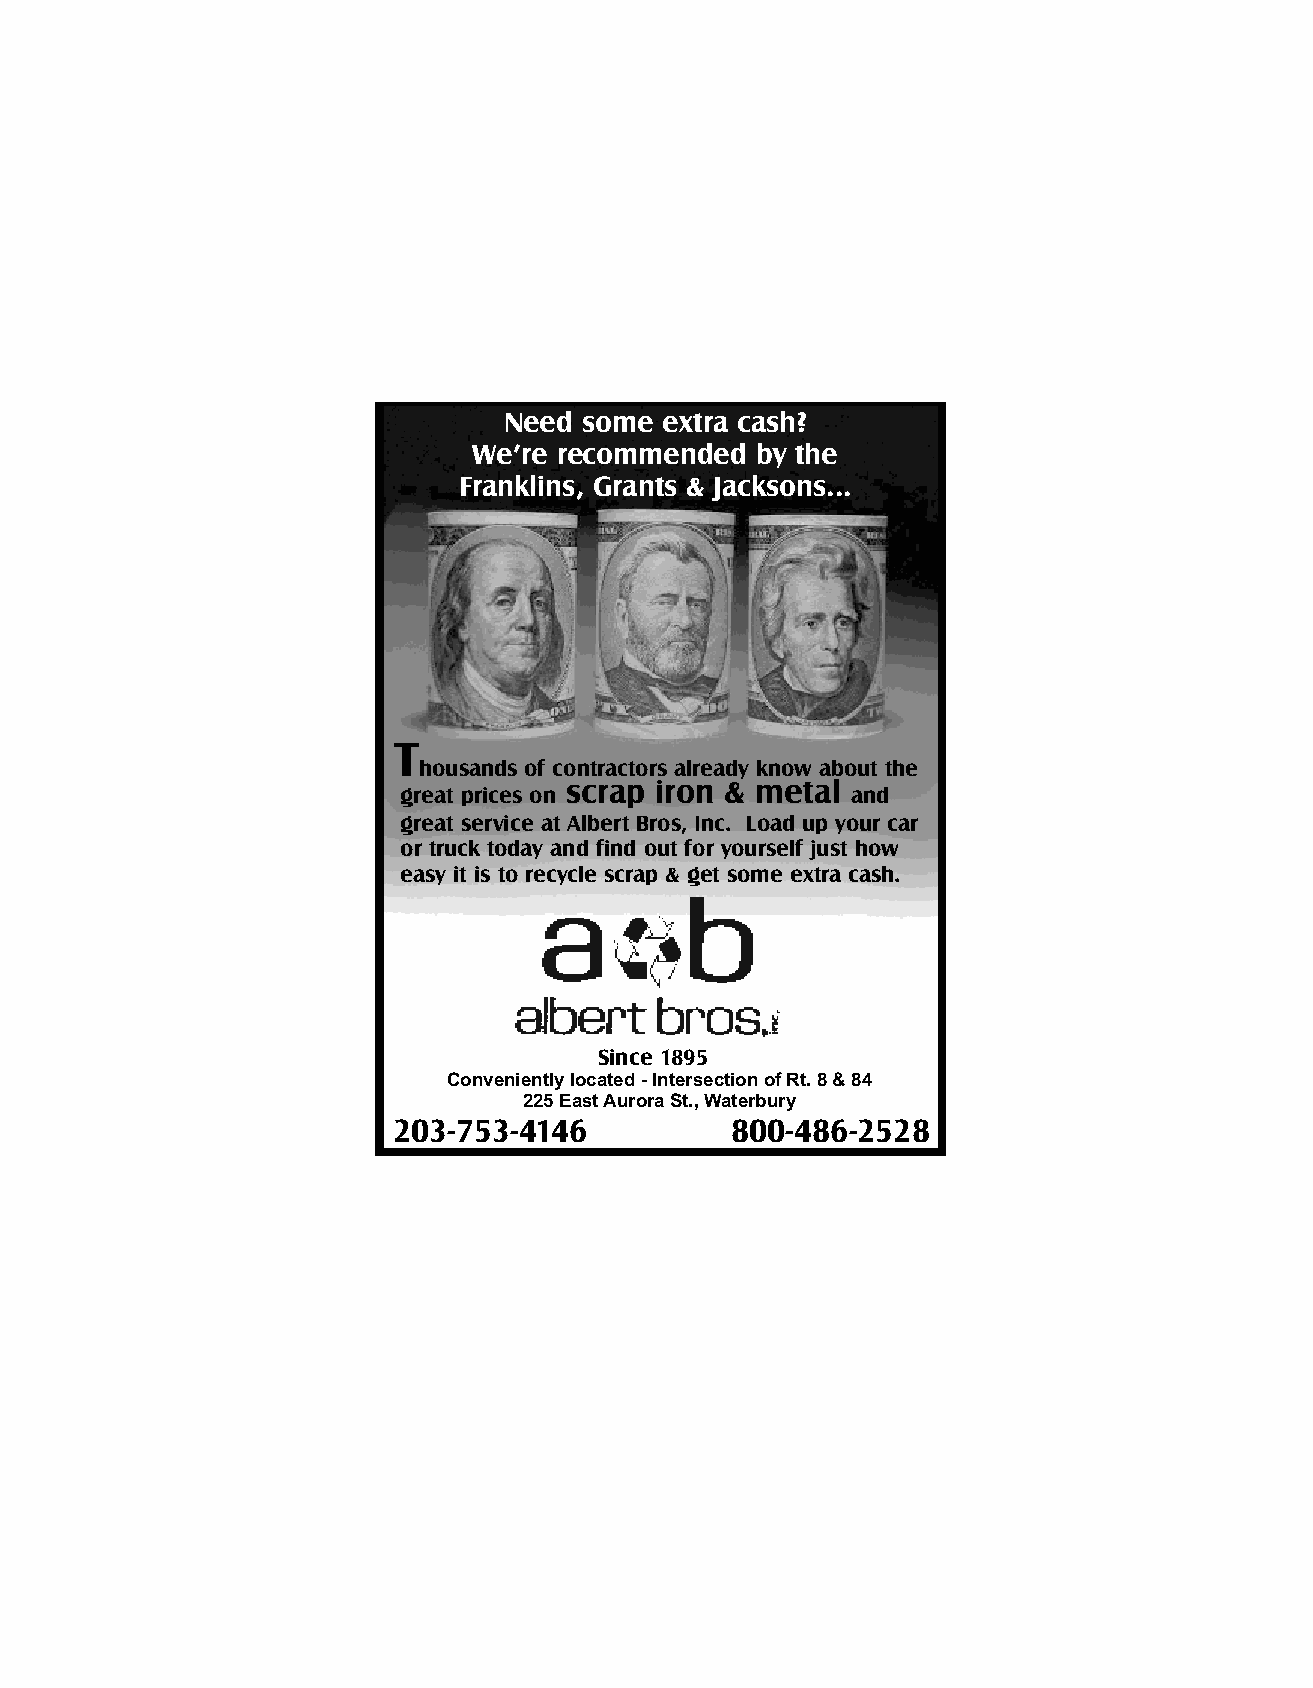
The   end  of
 Need    some   extra  cash?
 You   could    be
 your  rainbow
 We’re  recommended        by  the
 sitting  on
 may   be  on
 Franklins,   Grants  &  Jacksons...
 extra  cash.
 East  Aurora   St.
 Need some extra cash?
 We’re recommended  by the                                                                                                                                                                                                                                                                       W
 e’ll bet you have
 Franklins, Grants & Jacksons...
 no idea how much
 the scrap iron and
 metal at your place
 is worth.
 Your fellow
 contractors
 already know
 about the
 great prices and
 service at
 Y
 T                                                                                                                                                                                                                                                                                                    Albert Bros, Inc.
 ou may be amazed at how much the scrap iron                                                            Y
 housands of contractors already know about the
 great prices on scrap iron & metal and                                                    and metal at your place is worth. Your friends and                                                         ou don’t need to be lucky to see how much the                                                  tL oo da ad y u ap n dyo fu inr dtr ou uck t
 neighbors already know about the great prices and                                                        scrap iron and metal at your place is worth.
 great service at Albert Bros, Inc. Load up your car                                                                                                                                                                                                                                                 for yourself just how
 service at Albert Bros, Inc. Load up your car or truck                                                   Your friends and neighbors already know about
 or truck today and find out for yourself just how                                                                                                                                                                                                                                                   easy it is to get
 today and find out for yourself just how easy it is                                                      the great prices and service at Albert Bros, Inc.
 easy it is to recycle scrap & get some extra cash.                                                                                                                                                                                                                                                  some extra cash.
 to get some extra cash.                                                                                  Load up your truck today and find out for yourself
 just how easy it is to get some extra cash.
 Since 1895, thousands of contractors have entrusted
 Since 1895, thousands of contractors have entrusted
 Albert Bros., Inc with their scrap recycling needs.
 Albert Bros., Inc with their scrap recycling needs.                                                      Since 1895, thousands of contractors have entrusted
 Albert Bros., Inc with their scrap recycling needs.
 Since 1895
 Conveniently located - Intersection of Rt. 8 & 84
 225 East Aurora St., Waterbury
 203-753-4146           800-486-2528
 Conveniently located - Intersection of Rt. 8 & 84
 Conveniently located - Intersection of Rt. 8 & 84
 225 East Aurora St., Waterbury                                                                      Conveniently located - Intersection of Rt. 8 & 84
 225 East Aurora St., Waterbury
 225 East Aurora St., Waterbury
 203-753-4146           800-486-2528                                                                       203-753-4146          800-486-2528
 203-753-4146          800-486-2528